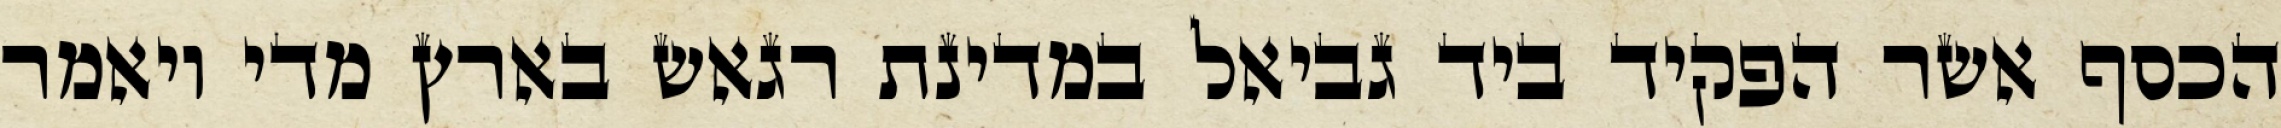
הכסף אשר הפקיד ביד גביאל במדינת רגאש בארץ מדי ויאמר